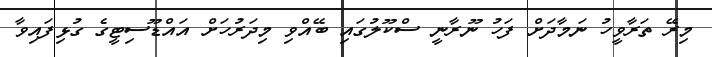
މިރޭ ތަރާވީހު ނަމާދަށް ފަހު ނޫރާނީ ސްކޫލުގައި ބޭއްވި މިދަރުހަށް އައްޑޫސިޓީގެ ގުޅިފައިވާ